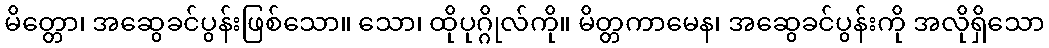
မိတ္တော၊ အဆွေခင်ပွန်းဖြစ်သော။ သော၊ ထိုပုဂ္ဂိုလ်ကို။ မိတ္တကာမေန၊ အဆွေခင်ပွန်းကို အလိုရှိသော